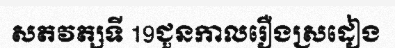
សតវត្សទី 19ជួនកាលរឿងស្រដៀង